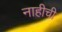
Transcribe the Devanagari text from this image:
नाहीची